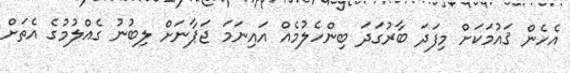
އެހެން ޤައުމަކަށް މިފަދަ ބާރުގަދަ ބިންހެލުމެއް އައިނަމަ ޖަޕާނަށް ލިބުނު ގެއްލުމުގެ އެތަށް